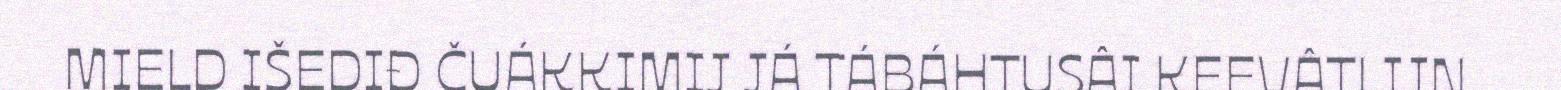
MIELD IŠEDIĐ ČUÁKKIMIJ JÁ TÁBÁHTUSÂI KEEVÂTLIJN